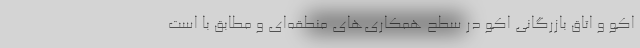
اکو و اتاق بازرگانی اکو در سطح همکاری‌های منطقه‌ای و مطابق با است